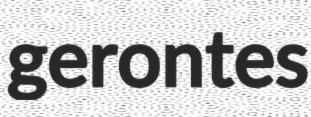
gerontes